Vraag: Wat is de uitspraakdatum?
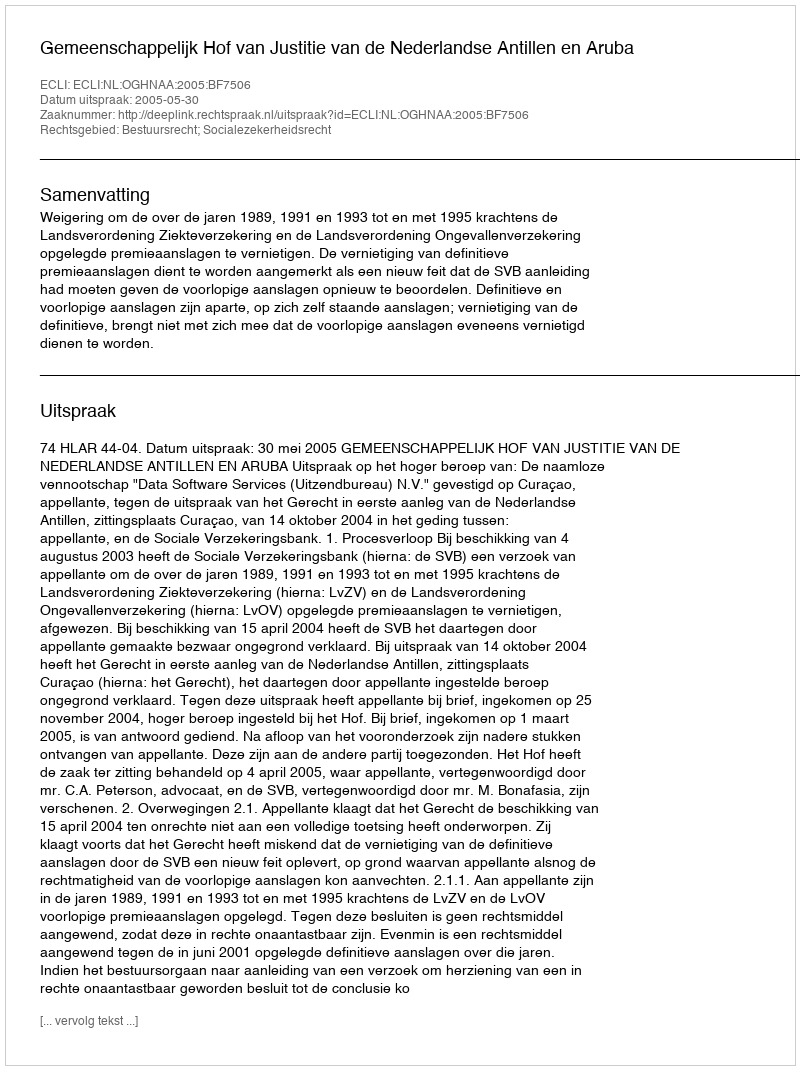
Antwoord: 2005-05-30